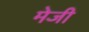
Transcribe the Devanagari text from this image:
मेजी